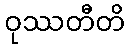
ဝုဿတီတိ